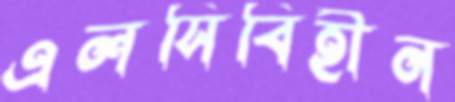
এলসিবিহীন